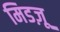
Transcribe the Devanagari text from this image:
मिडज़ू